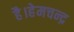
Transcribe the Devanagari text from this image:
है।हेमचन्द्र